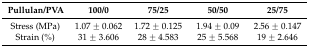
| Pullulan/PVA | 100/0 | 75/25 | 50/50 | 25/75 |
 | --- | --- | --- | --- | --- |
 | Stress (MPa) | 1.07 ± 0.062 | 1.72 ± 0.125 | 1.94 ± 0.09 | 2.56 ± 0.147 |
 | Strain (%) | 31 ± 3.606 | 28 ± 4.583 | 25 ± 5.568 | 19 ± 2.646 |